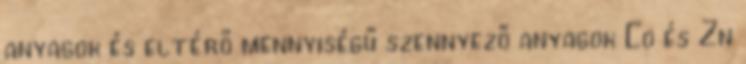
anyagok és eltérő mennyiségű szennyező anyagok Co és Zn